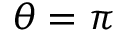
\theta = \pi